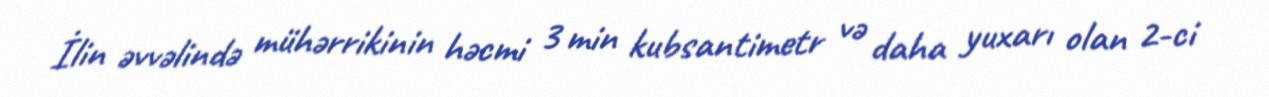
İlin əvvəlində mühərrikinin həcmi 3 min kubsantimetr və daha yuxarı olan 2-ci